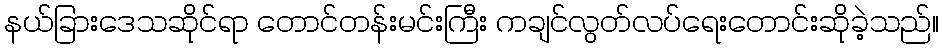
နယ်ခြားဒေသဆိုင်ရာ တောင်တန်းမင်းကြီး ကချင်လွတ်လပ်ရေးတောင်းဆိုခဲ့သည်။